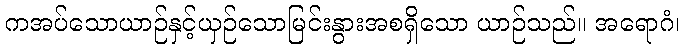
ကအပ်သောယာဉ်နှင့်ယှဉ်သောမြင်းနွားအစရှိသော ယာဉ်သည်။ အရောဂံ၊